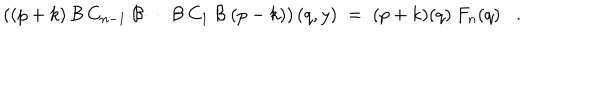
\left( ( p + k ) \: { \cal { B } } \: C _ { n - 1 } \: { \cal { B } } \cdots { \cal { B } } \: C _ { 1 } \: { \cal { B } } \: ( p - k ) \right) ( q , y ) \; = \; ( p + k ) ( q ) \: F _ { n } ( q ) .